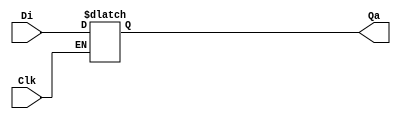
module D_flop (Di, Clk, Qa);

	input Di, Clk;
	output reg Qa;
		
	always @ (Clk, Di)
		if(Clk)
			Qa = Di;

endmodule